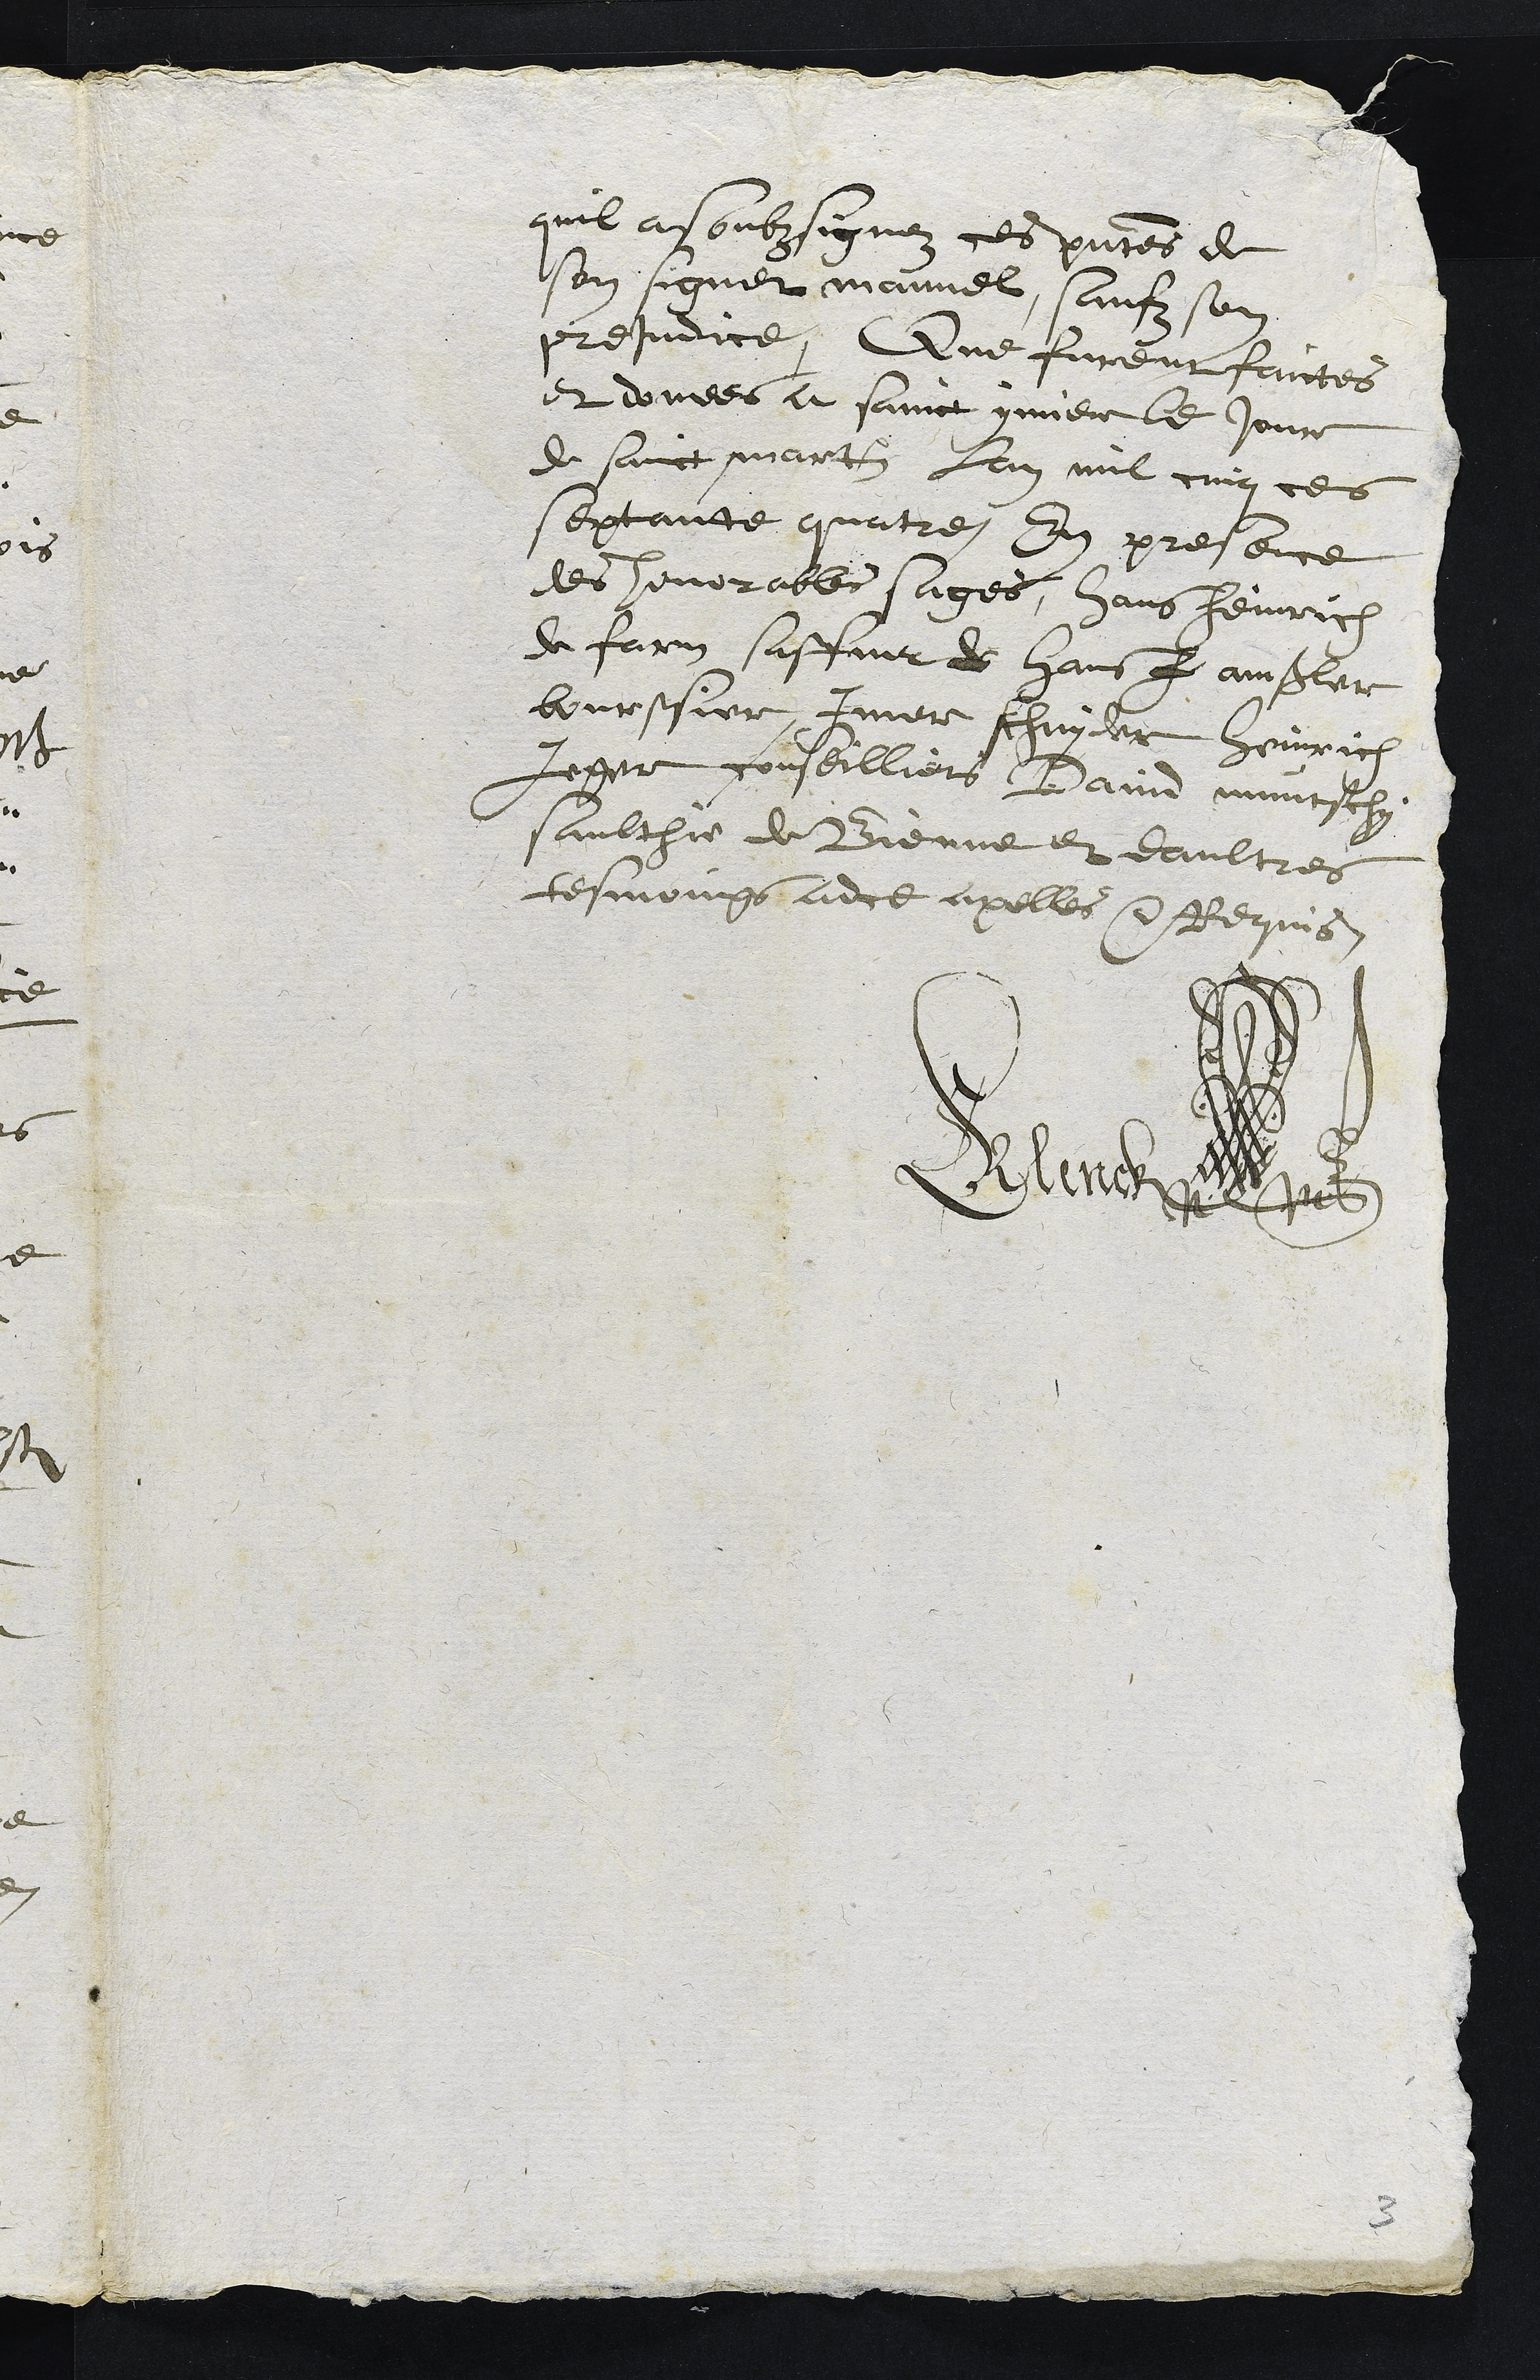
quil a soubzsignez ces presentes de
son signet manuel saufz son
prejudice, Que furent faictes
et donees a Sainct ymier le jour
de Sainct martin lan mil cinq cens
septante quatre En presence
des honorables sages, Hans Heinrich
de farm saffner de Hans h amssler
bourssier, Imer schnyder heinrich
Jeger conseilliers David muntschy
saultie de Bienne et daultres
tesmoings adce apelles et Requis
Klenck
3